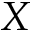
X